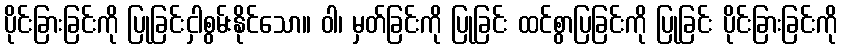
ပိုင်းခြားခြင်းကို ပြုခြင်းငှါစွမ်းနိုင်သော။ ဝါ၊ မှတ်ခြင်းကို ပြုခြင်း ထင်စွာပြခြင်းကို ပြုခြင်း ပိုင်းခြားခြင်းကို